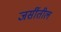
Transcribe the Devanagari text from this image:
जर्सीतील